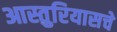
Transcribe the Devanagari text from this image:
आस्तुरियासचे